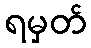
ရမှတ်